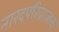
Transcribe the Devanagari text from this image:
नारदपरिव्राजक